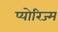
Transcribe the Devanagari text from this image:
प्योरिज्म